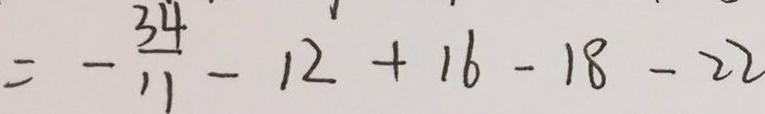
= - \frac { 3 4 } { 1 1 } - 1 2 + 1 6 - 1 8 - 2 2